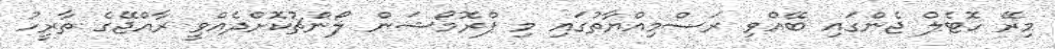
މިރޭ ހޮޓެލް ޖެންގައި ބޭއްވި ރަސްމިއްޔާތުގައި މި ޕްރޮމޯޝަން ލޯންޗުކޮށްދެއްވީ ރާއްޖޭގެ ތާރީހު